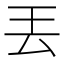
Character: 丟